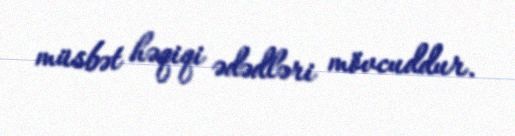
müsbət həqiqi ədədləri mövcuddur.